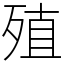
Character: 殖